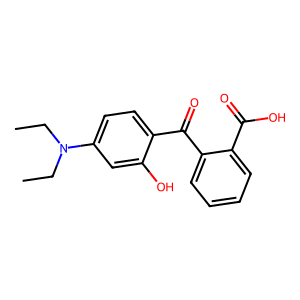
SMILES: CCN(CC)c1ccc(C(=O)c2ccccc2C(=O)O)c(O)c1
Inhibits HIV replication: No